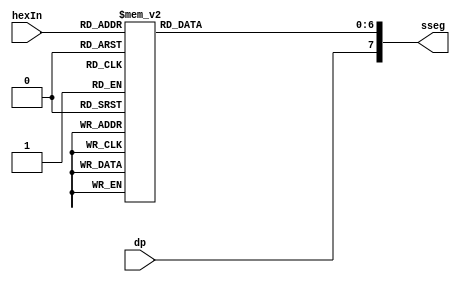
`timescale 1ns / 1ps
//////////////////////////////////////////////////////////////////////////////////
// Company: 
// Engineer: 
// 
// Design Name: 
// Module Name: hex_to_sseg
// Project Name: 
// Target Devices: 
// Tool Versions: 
// Description: 
// 
// Dependencies: 
// 
// Revision:
// Revision 0.01 - File Created
// Additional Comments:
// 
//////////////////////////////////////////////////////////////////////////////////


module hex_to_sseg(
    input wire [3:0] hexIn,
    input wire dp,
    output reg [7:0] sseg //low active
    );
    
    always @*
    begin
    case(hexIn)
        4'h0: sseg[6:0] = 7'b1000000;
        4'h1: sseg[6:0] = 7'b1111001;
        4'h2: sseg[6:0] = 7'b0100100;
        4'h3: sseg[6:0] = 7'b0110000;
        4'h4: sseg[6:0] = 7'b0011001;
        4'h5: sseg[6:0] = 7'b0010010;
        4'h6: sseg[6:0] = 7'b0000010;
        4'h7: sseg[6:0] = 7'b1111000;
        4'h8: sseg[6:0] = 7'b0000000;
        4'h9: sseg[6:0] = 7'b0010000;
        4'ha: sseg[6:0] = 7'b0001000;
        4'hb: sseg[6:0] = 7'b0000011;
        4'hc: sseg[6:0] = 7'b1000110;
        4'hd: sseg[6:0] = 7'b0100001;
        4'he: sseg[6:0] = 7'b0000110;
        default: sseg[6:0] = 7'b0001110; //4'hf
    endcase
    sseg[7] = dp;
    end
endmodule